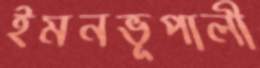
ইমনভূপালী